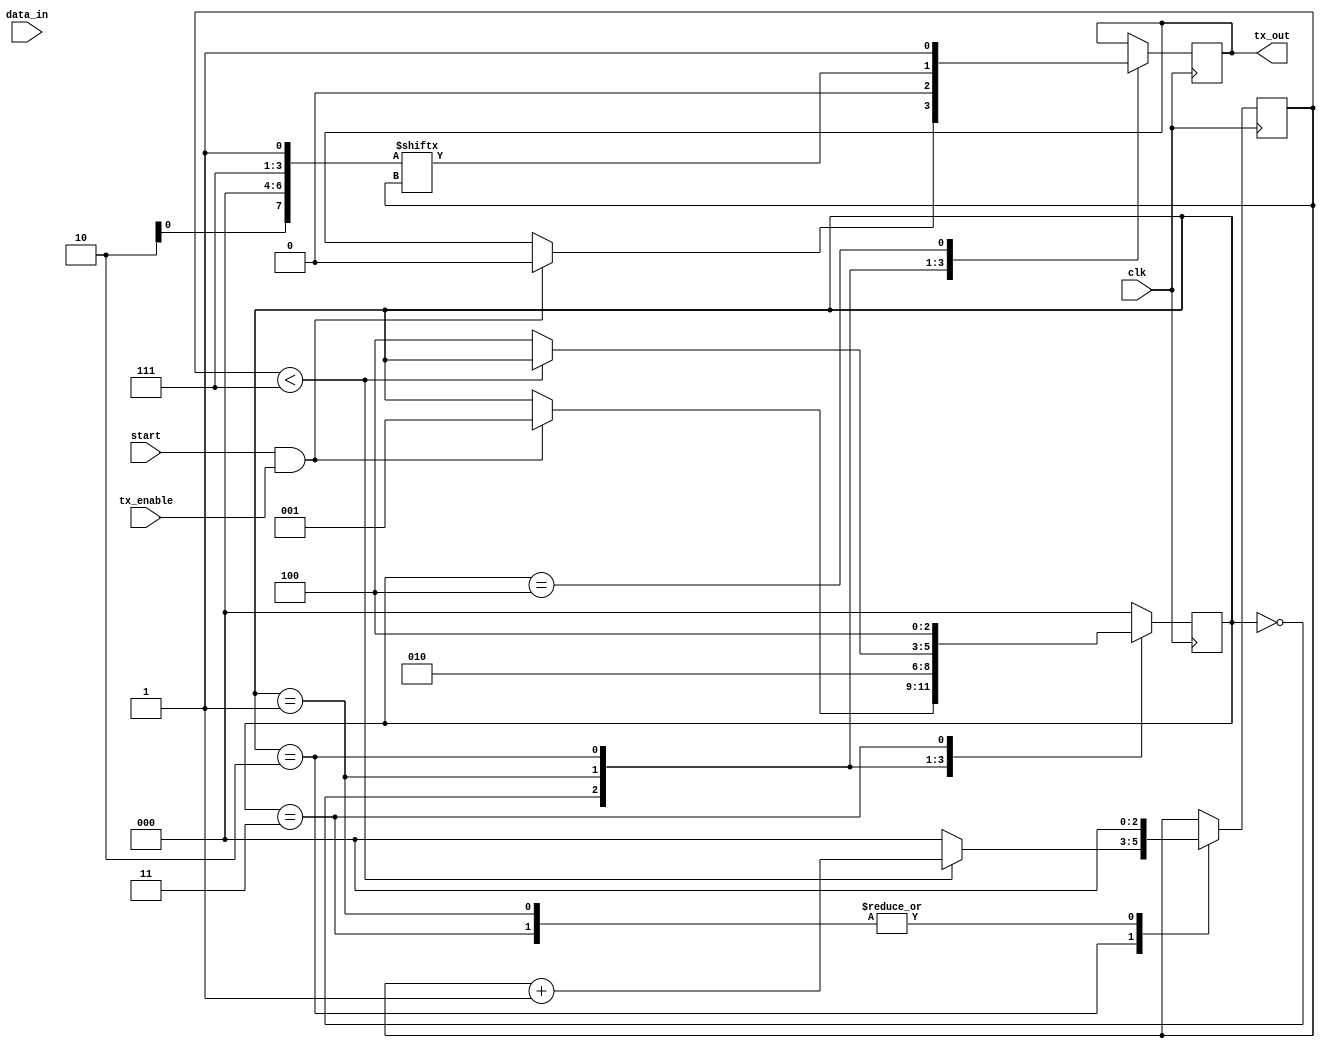
module UART_transmitter (
  input wire data_in,
  input wire clk,
  input wire start,
  input wire tx_enable,
  output reg tx_out
);

// States
parameter IDLE = 0;
parameter START_BIT = 1;
parameter DATA_BIT = 2;
parameter PARITY_BIT = 3;
parameter STOP_BIT = 4;

// Registers
reg [7:0] data_reg;
reg [2:0] state_reg;
reg [2:0] bit_count;

// State machine
always @(posedge clk) begin
  case (state_reg)
    IDLE: begin
      if (start && tx_enable) begin
        state_reg <= START_BIT;
        tx_out <= 0;
      end
    end
    START_BIT: begin
      tx_out <= 0;
      state_reg <= DATA_BIT;
      bit_count <= 0;
    end
    DATA_BIT: begin
      tx_out <= data_reg[bit_count];
      if (bit_count < 7) begin
        bit_count <= bit_count + 1;
      end else begin
        if (PARITY_BIT == 3) begin
          state_reg <= STOP_BIT;
          bit_count <= 0;
        end else begin
          state_reg <= PARITY_BIT;
          bit_count <= 0;
        end
      end
    end
    PARITY_BIT: begin
      // Implement parity bit transmission
      state_reg <= STOP_BIT;
      bit_count <= 0;
    end
    STOP_BIT: begin
      tx_out <= 1;
      state_reg <= IDLE;
    end
    default: state_reg <= IDLE;
  endcase
end

endmodule